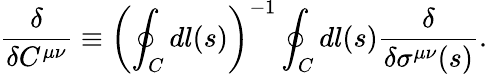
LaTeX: {\frac{\delta}{\delta C^{\mu\nu}}}\equiv\left(\oint_{C}dl(s)\right)^{-1}\oint_{C}dl(s){\frac{\delta}{\delta\sigma^{\mu\nu}(s)}}.